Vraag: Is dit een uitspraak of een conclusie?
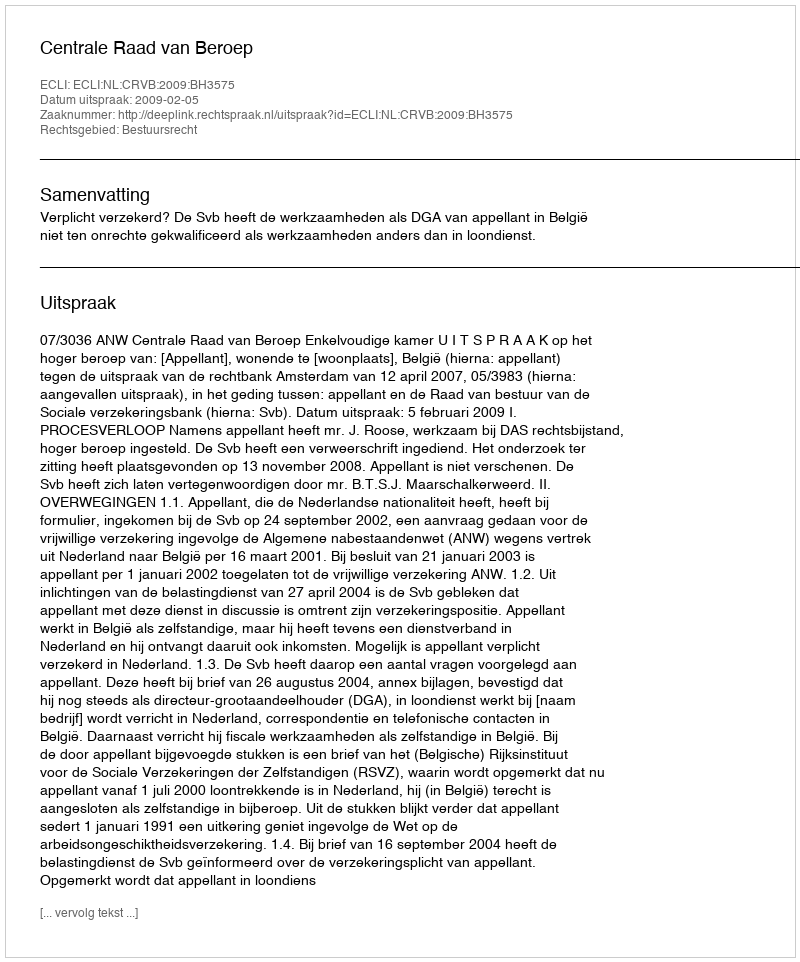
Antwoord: Uitspraak